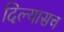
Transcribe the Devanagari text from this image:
दिल्यासच